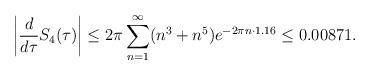
LaTeX: \begin{align*}\left|\frac{d}{d\tau}S_4(\tau) \right| \leq 2 \pi \sum_{n=1}^\infty (n^3+n^5)e^{-2\pi n \cdot 1.16} \leq 0.00871.\end{align*}